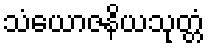
သံယောဇနိယသုတ္တံ